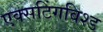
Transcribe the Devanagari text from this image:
एक्सटिंगविश्ड